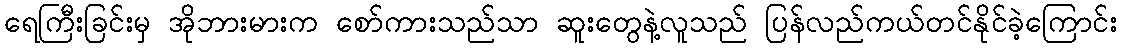
ရေကြီးခြင်းမှ အိုဘားမားက စော်ကားသည်သာ ဆူးတွေနဲ့လူသည် ပြန်လည်ကယ်တင်နိုင်ခဲ့ကြောင်း